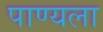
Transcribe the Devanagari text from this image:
पाण्यला